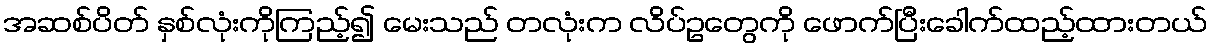
အဆစ်ပိတ် နှစ်လုံးကိုကြည့်၍ မေးသည် တလုံးက လိပ်ဥတွေကို ဖောက်ပြီးခေါက်ထည့်ထားတယ်